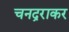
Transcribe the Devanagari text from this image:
चनद्रराकर